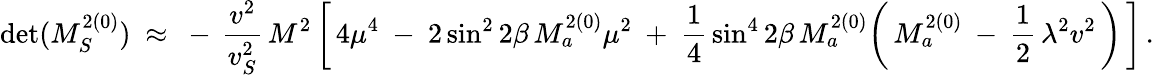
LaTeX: \operatorname*{det}(M_{S}^{2(0)})\ \approx\ -\, \frac{v^{2}}{v_{S}^{2}}\, M^{2}\, \bigg[\, 4\mu^{4}\ -\ 2\sin^{2}2\beta\, M_{a}^{2(0)}\mu^{2}\ +\ \frac{1}{4}\, \sin^{4}2\beta\, M_{a}^{2(0)}\bigg(\, M_{a}^{2(0)}\: -\: \frac{1}{2}\, \lambda^{2}v^{2}\, \bigg)\, \bigg]\, .